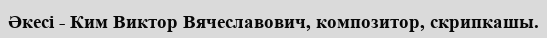
Әкесі - Ким Виктор Вячеславович, композитор, скрипкашы.